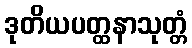
ဒုတိယပတ္ထနာသုတ္တံ